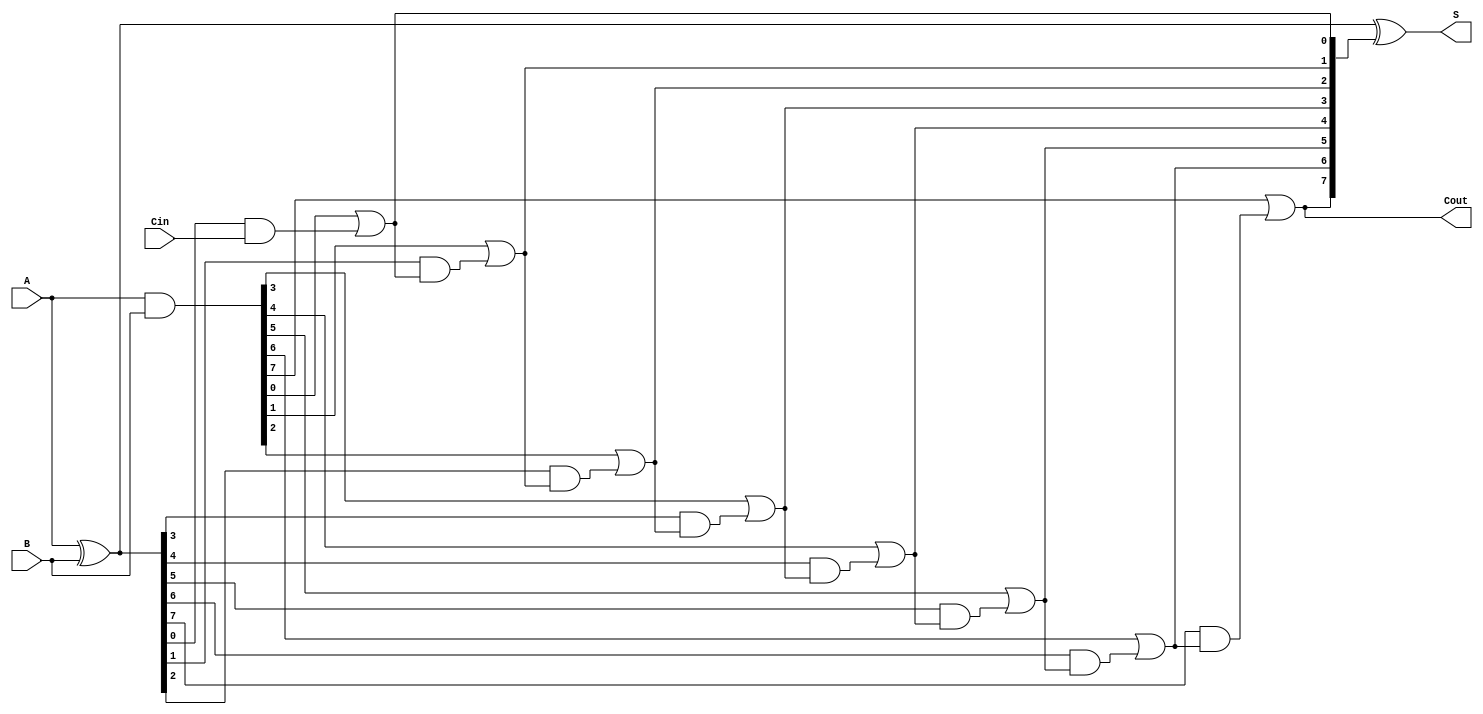
module KoggeStoneAdder #(parameter N = 8) (
    input  [N-1:0] A,
    input  [N-1:0] B,
    input          Cin,
    output [N-1:0] S,
    output         Cout
);

    // Generate and Propagate signals
    wire [N-1:0] G; // Generate
    wire [N-1:0] P; // Propagate
    wire [N:0] C;   // Carry signals

    // Preprocessing stage
    assign G = A & B;          // Generate
    assign P = A ^ B;          // Propagate

    // Carry generation stage
    assign C[0] = Cin;         // Initial carry input

    // Level 1
    genvar i;
    for (i = 0; i < N; i = i + 1) begin
        assign C[i+1] = G[i] | (P[i] & C[i]);
    end

    // Sum generation stage
    assign S = P ^ C[N:1];     // Sum bits
    assign Cout = C[N];        // Final carry out

endmodule